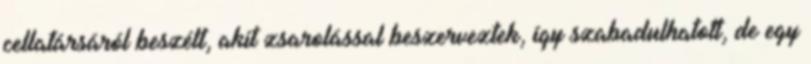
cellatársáról beszélt, akit zsarolással beszerveztek, így szabadulhatott, de egy